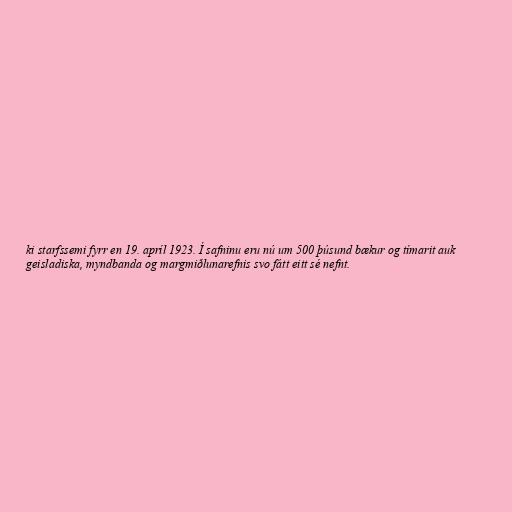
ki starfssemi fyrr en 19. apríl 1923. Í safninu eru nú um 500 þúsund bækur og tímarit auk
geisladiska, myndbanda og margmiðlunarefnis svo fátt eitt sé nefnt.